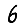
Digit: 6